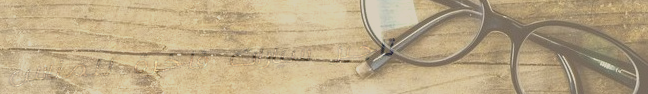
تأجير سيارات فاخرة للمناس